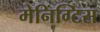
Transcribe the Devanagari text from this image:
मेनिंग्टिस